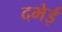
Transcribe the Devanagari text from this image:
दभेई